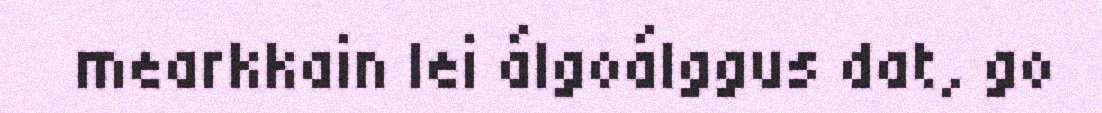
mearkkain lei álgoálggus dat, go